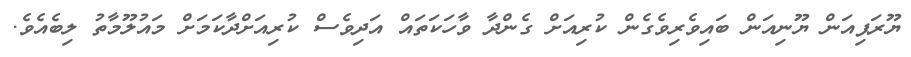
ޔޫރަޕިއަން ޔޫނިއަން ބައިވެރިވެގެން ކުރިއަށް ގެންދާ ވާހަކަތައް އަދިވެސް ކުރިއަށްދާކަމަށް މައުލޫމާތު ލިބެއެވެ.